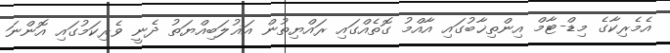
އެމެރިކާގެ މިޑް-ޓާމް އިންތިޚާބުގައި އާއްމު ގޮތެއްގައި ރައްޔިތުން އަޣުލަބިއްޔަތު ދެނީ ވެރިކަމުގައި އޮންނަ